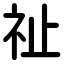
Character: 祉